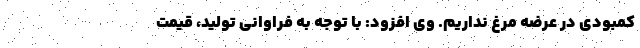
کمبودی در عرضه مرغ نداریم. وی افزود: با توجه به فراوانی تولید، قیمت